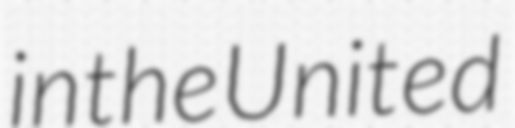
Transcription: in the United